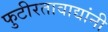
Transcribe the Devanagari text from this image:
फुटीरतावाद्यांनी